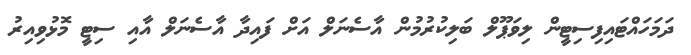
ދަމަހައްޓައިފިސިޓީން ލިވަޕޫލް ބަލިކުރުމުން އާސެނަލް އަށް ފައިދާ އާސެނަލް އާއި ސިޓީ މޮޅުވިއިރު